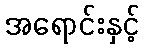
အရောင်းနှင့်